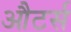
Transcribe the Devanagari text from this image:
औटर्स